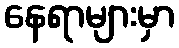
နေရာများမှာ